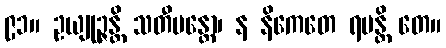
၉၁။ ဥယျုဉ္ဇန္တိ သတီမန္တော၊ န နိကေတေ ရမန္တိ တေ။